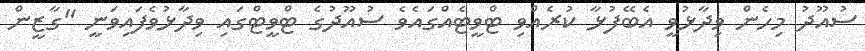
ސުއޫދު މިހެން ވިދާޅުވީ އެބޭފުޅާ ކުރެއްވި ޓްވީޓެއްގައެވެ ސުއޫދުގެ ޓްވީޓްގައި ވިދާޅުވެފައިވަނީ "ގާޒީން